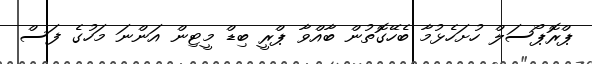
ޕްރޮޕޯސަލް ހުށަހެޅުމާ ބެހޭގޮތުން ބާއްވާ ޕްރީ ބިޑް މީޓިން އަންނަ މަހުގެ ފަސް